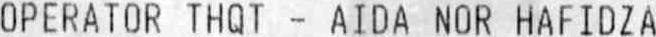
OPERATOR THQT - AIDA NOR HAFIDZA